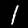
Digit: 1